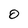
Character: O